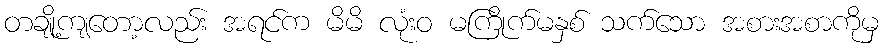
တချို့ကျတော့လည်း အရင်က မိမိ လုံးဝ မကြိုက်မနှစ် သက်သော အစားအစာကိုမှ